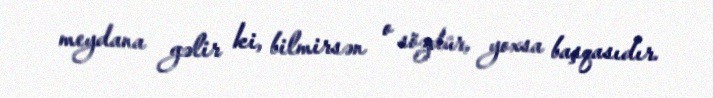
meydana gəlir ki, bilmirsən o sözdür, yoxsa başqasıdır.